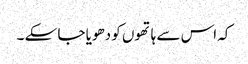
کہ اس سے ہاتھوں کو دھویا جا سکے ۔